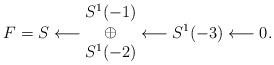
LaTeX: \begin{align*}F = S \longleftarrow \begin{matrix}S^1(-1)\\ \oplus\\ S^1(-2) \end{matrix} \longleftarrow S^1(-3)\longleftarrow 0.\end{align*}